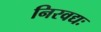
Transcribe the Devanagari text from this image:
निरवद्यः